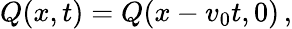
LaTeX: Q(x,t)=Q(x-v_{0}t,0)\, ,